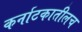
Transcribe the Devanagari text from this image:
कर्नाटकातीलच